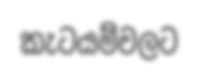
කැටයම්වලට